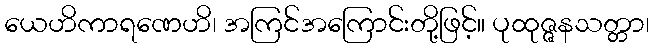
ယေဟိကာရဏေဟိ၊ အကြင်အကြောင်းတို့ဖြင့်။ ပုထုဇ္ဇနသတ္တာ၊